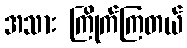
အသား ကြိုက်ကြတယ်